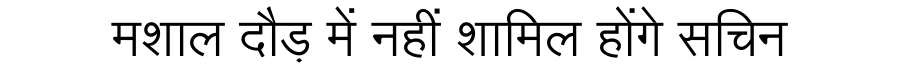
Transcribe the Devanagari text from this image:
मशाल दौड़ में नहीं शामिल होंगे सचिन